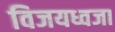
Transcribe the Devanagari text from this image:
विजयध्वजा